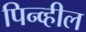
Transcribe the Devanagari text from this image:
पिन्व्हील